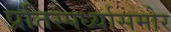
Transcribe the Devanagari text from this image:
प्रतिस्पर्ध्यासमोर